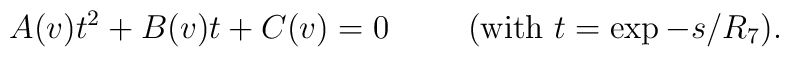
A(v)t^2 + B(v)t + C(v)=0 \hspace{1cm} (\hbox{with $t=\exp -s/R_7$}).